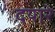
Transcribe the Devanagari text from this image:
दयारे